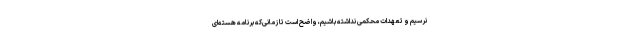
نرسیم و تعهدات محکمی نداشته باشیم، واضح است تا زمانی‌که برنامه هسته‌ای